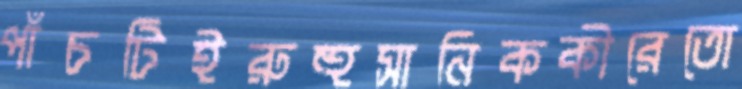
পাঁচটিইরুহুসানিককীরেতো